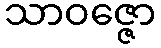
သာဝဇ္ဇော